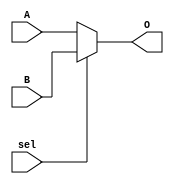
/*
 * RiscBEE  2018 Karim Abdel Hamid and Mohamed Gaber
 *
 * This Source Code Form is subject to the terms of the Mozilla Public
 * License, v. 2.0. If a copy of the MPL was not distributed with this
 * file, You can obtain one at https://mozilla.org/MPL/2.0/.
 */
module Mux2(A, B, sel, O);
    parameter width = 32;
    input sel;
    input  [width - 1:0] A, B;
    output [width - 1:0] O;
    assign O = (sel)? B : A;
endmodule

module Mux4(A, B, C, D, sel, O);
    parameter width = 32;
    input  [1:0] sel;
    input  [width - 1:0] A, B, C, D;
    output [width - 1:0] O;
    
    wire [width - 1:0] w1, w2;
    Mux2 #(width) m1(A, B, sel[0], w1);
    Mux2 #(width) m2(C, D, sel[0], w2);
    Mux2 #(width) m3(w1, w2, sel[1], O);
endmodule

module Mux8(A, B, C, D, E, F, G, H, sel, O);
    parameter width = 32;
    input  [2:0] sel;
    input  [width - 1:0] A, B, C, D, E, F, G, H;
    output [width - 1:0] O;
    
    wire [width - 1:0] w1, w2;
    Mux4 #(width) m1(A, B, C, D, sel[1:0], w1);
    Mux4 #(width) m2(E, F, G, H, sel[1:0], w2);
    Mux2 #(width) m3(w1, w2, sel[2], O);
endmodule